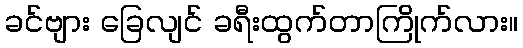
ခင်ဗျား ခြေလျင် ခရီးထွက်တာကြိုက်လား။